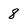
Character: 8